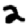
Digit: 2